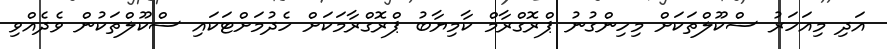
އަދި މިއަހަރު ސްކޫލްތަކަށް މިހިންގުނު ޕްރޮގްރާމް ކާމިޔާބު ޕްރޮގްރާމަކަށް ހެދުމަށްޓަކައި ސްކޫލްތަކުން ވެދެއްވި